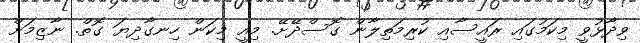
ވިދާޅުވީ މިކަމުގައި ރައީސާއި ކުރިމަތިލާން ގޮސްދޭށޭ. މިއީ މިކަން ހިނގާދިޔަ ގޮތް. ނާޒިމަށް